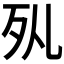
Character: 𣧇